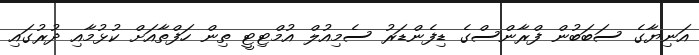
އަނިޔާގެ ސަބަބުން ފްރާންސްގެ ޑިފެންޑަރު ސެމިއުލް އުމްޓިޓީ ތިން ހަފްތާއަށް ކުޅުމާއި ދުރުގައި